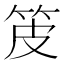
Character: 𤿤